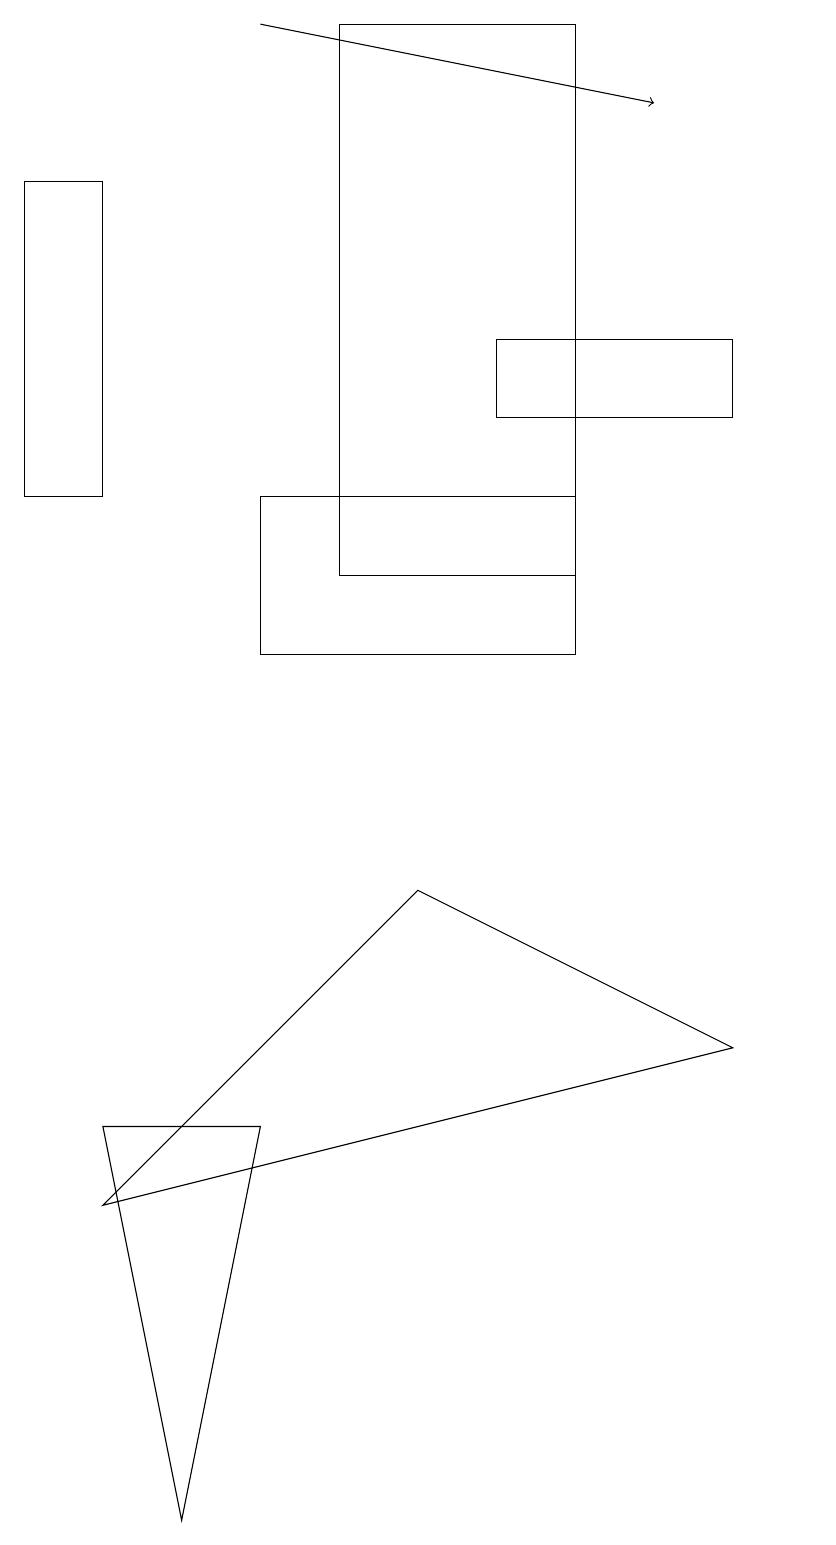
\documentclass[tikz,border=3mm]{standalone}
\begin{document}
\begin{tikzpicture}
\draw (3,11) rectangle (7,13);
\draw (9,15) rectangle (6,14);
\draw (1,4) -- (5,8) -- (9,6) -- cycle;
\draw (1,13) rectangle (0,17);
\draw (1,5) -- (2,0) -- (3,5) -- cycle;
\draw[->] (3,19) -- (8,18);
\draw (4,12) rectangle (7,19);
\draw (10,11) circle (0);
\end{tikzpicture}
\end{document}